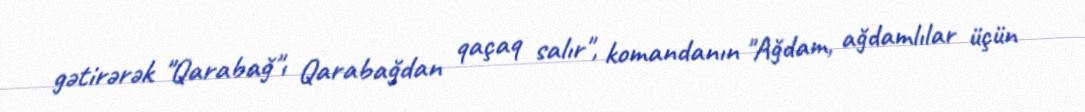
gətirərək "Qarabağ"ı Qarabağdan qaçaq salır", komandanın "Ağdam, ağdamlılar üçün